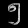
Digit: ၅